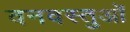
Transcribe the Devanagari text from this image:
वनवस्तुओं